King Institute of Preventive Medicine Micro-Biological Section reports 1909-11
Year: 1909
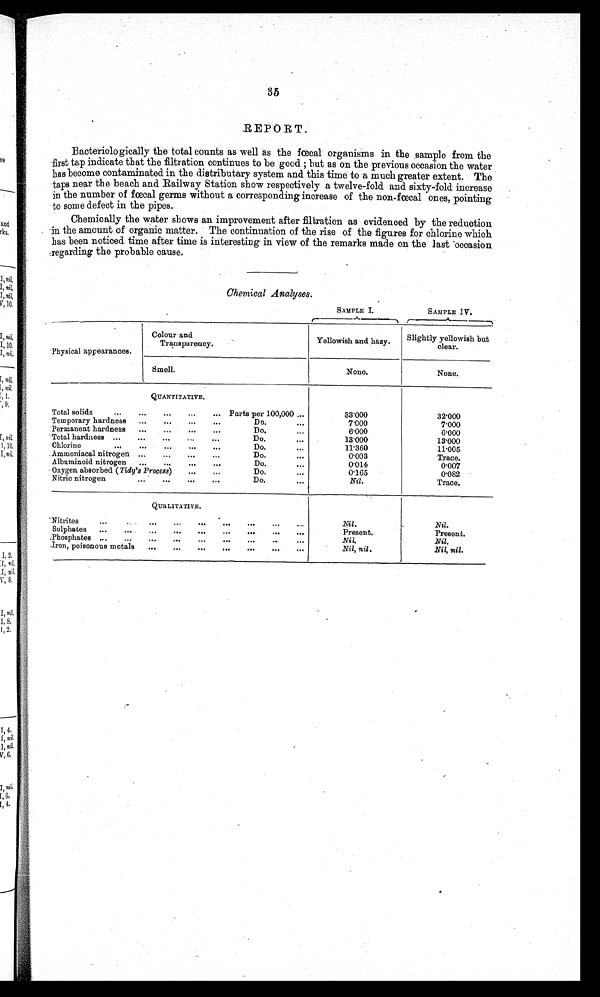
35
REPORT.
Bacteriologically the total counts as well as the fœcal organisms in the sample from the
first tap indicate that the filtration continues to be good ; but as on the previous occasion the water
has become contaminated in the distributary system and this time to a much greater extent. The
taps near the beach and Railway Station show respectively a twelve-fold and sixty-fold increase
in the number of fœcal germs without a corresponding increase of the non-fœcal ones, pointing
to some defect in the pipes.
Chemically the water shows an improvement after filtration as evidenced by the reduction
in the amount of organic matter. The continuation of the rise of the figures for chlorine which
has been noticed time after time is interesting in view of the remarks made on the last occasion
regarding the probable cause.
Chemical Analyses.
SAMPLE I.
SAMPLE IV.
Physical appearances.
Colour and
Transparency.
Yellowish and hazy. Slightly yellowish but
clear.
Smell.
None.
None.
QUANTITATIVE.
Total solids
...
... ... ...
... Parts per 100,000 ...
33.000
3 2 . 0 0 0
Temporary hardness ...
...
...
...
Do.
...
7.000
7.000
Permanent hardness ...
... ...
...
Do.
...
6.000
6.000
Total hardness ... ... ... ...
...
Do.
. . .
13.000
1 3 . 0 0 0
Chlorine
... ... ... ... ...
Do.
...
11.360
11.005
Ammoniacal nitrogen ...
...
...
...
Do.
. . .
0.003
Trace.
Albuminoid nitrogen ...
...
... ...
Do.
...
0 . 0 1 4
0 . 0 0 7
Oxygen absorbed ( Tidy's Process)... ...
D o .
. . .
0.165
0 . 0 8 2
Nitric nitrogen...
...
...
...
Do.
...
Nil.
Trace.
QUALITATIVE.
Nitrites ... ... ... ... ... ... ... ...
. . .
Nil.
Nil.
Sulphates ... ... ... ... ... ... ... ... ...
Present.
Present.
Phosphates ... ... ... ... ... ... ... ...
...
Nil.
Nil.
Iron, poisonous metals ...
...
...
...
...
. . .
Nil, nil.
Nil, nil.